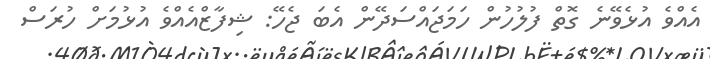
އެއްވެ އުޅެވޭނެ ގޮތް ފުލުހުން ހަމަޖައްސަދޭން އެބަ ޖެހޭ: ޝިފާޒްއެއްވެ އުޅުމަށް ހުރަސް